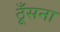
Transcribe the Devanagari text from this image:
ठूँसना